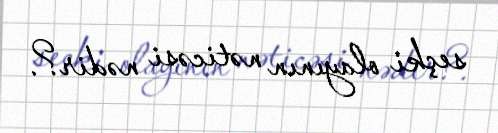
seçki olayının nəticəsi nədir?.